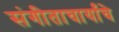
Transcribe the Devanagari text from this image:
संगीताचार्यांचे